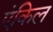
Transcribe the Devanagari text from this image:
एंकिल